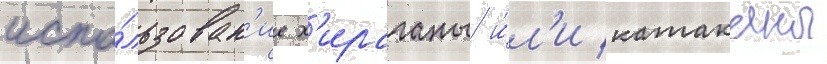
испо́льзован'ие х'ираганы и́л'и катаканы